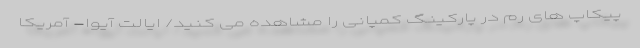
پیکاپ های رم در پارکینگ کمپانی را مشاهده می کنید/ ایالت آیوا- آمریکا